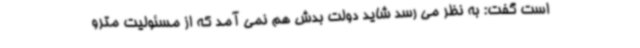
است گفت: به نظر می رسد شاید دولت بدش هم نمی آمد که از مسئولیت مترو